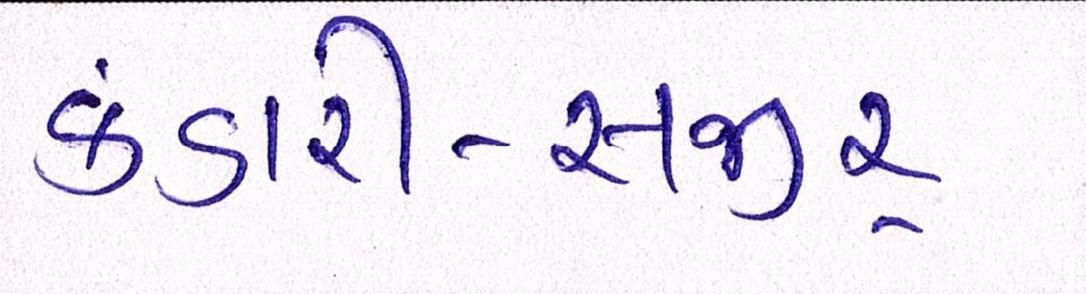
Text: કંડારી-સજીર્